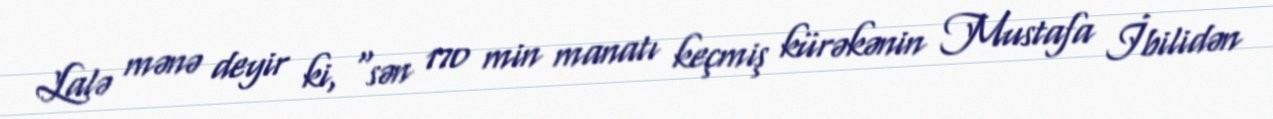
Lalə mənə deyir ki, "sən 170 min manatı keçmiş kürəkənin Mustafa İbilidən